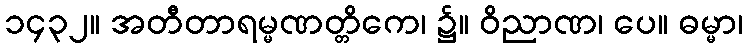
၁၄၃၂။ အတီတာရမ္မဏတ္တိကေ၊ ၌။ ဝိညာဏ၊ ပေ။ ဓမ္မာ၊